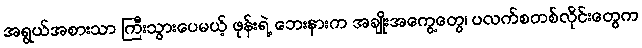
အရွယ်အစားသာ ကြီးသွားပေမယ့် ဖုန်းရဲ့ ဘေးနားက အချိုးအကွေ့တွေ၊ ပလက်စတစ်လိုင်းတွေက